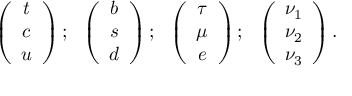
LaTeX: \left( \begin{array} { c } { { t } } \\ { { c } } \\ { { u } } \end{array} \right) ; \ \ \left( \begin{array} { c } { { b } } \\ { { s } } \\ { { d } } \end{array} \right) ; \ \ \left( \begin{array} { c } { { \tau } } \\ { { \mu } } \\ { { e } } \end{array} \right) ; \ \ \left( \begin{array} { c } { { \nu _ { 1 } } } \\ { { \nu _ { 2 } } } \\ { { \nu _ { 3 } } } \end{array} \right) .